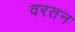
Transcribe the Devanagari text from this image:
वरतन